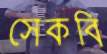
সেকবি